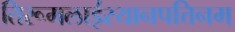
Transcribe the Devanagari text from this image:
तिरूमलाईरयानपत्तिनम